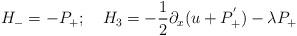
LaTeX: \begin{align*}H_- =- P_+; \quad H_3 = -{1\over 2}{\partial_x (u+P_+^{'})} - \lambda P_+\end{align*}